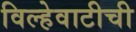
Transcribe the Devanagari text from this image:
विल्हेवाटीची